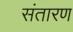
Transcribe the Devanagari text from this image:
संतारण